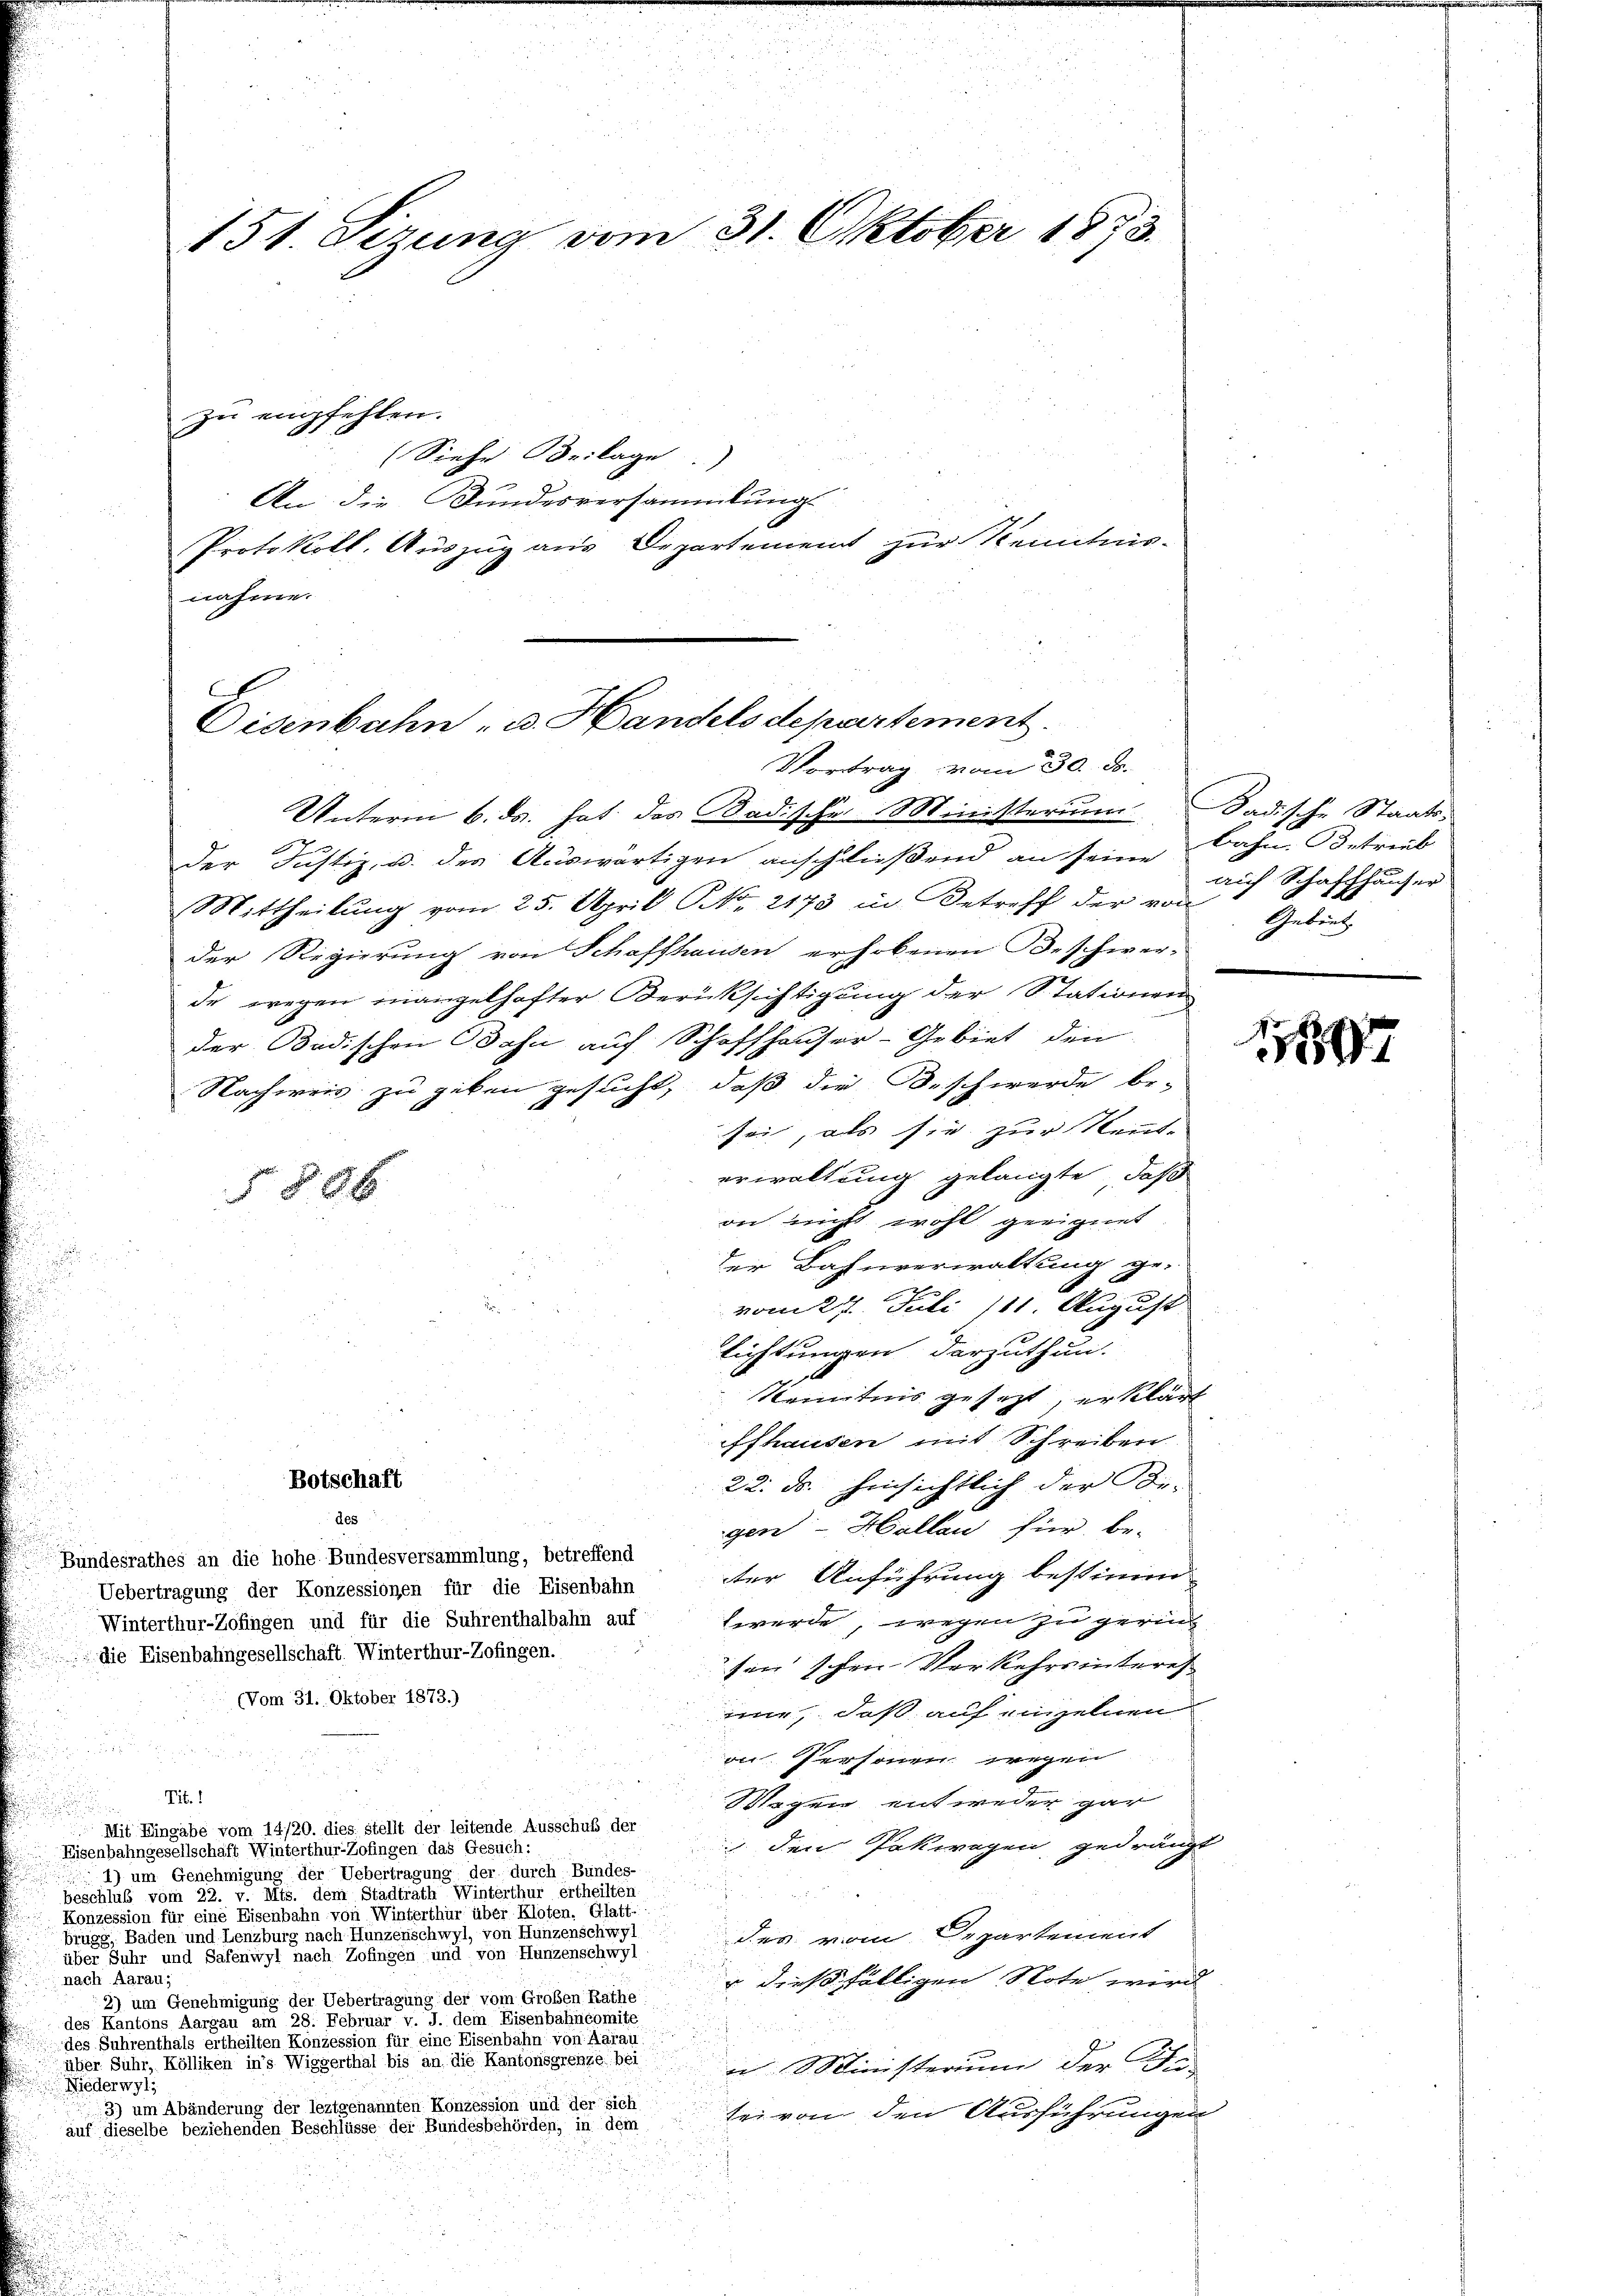
Unterm 6. ds. hat des Badischer Ministerium Badische Staats-
der Justiz, u. der Auswärtigen anschließend an seine Bahn Betrieb
Mittheilŭng vom 25. April NNo. 2173 in Betreff der von
der Regierung von Schaffhausen erhobenen Beschwer-
de wegen mangelhafter Berüksichtigung der Stationen
der Bodischen Jahn auch Schaffhauser-Gebiet den
Nachweis zu geben gesucht, daß die Beschwerde be-
sei, als sie zur Kennt.
erwaltung gelangte, daß
588 x
on nicht wohl geeignet
der Bahnverwaltung ge-
vom 27. Juli 181. August
lichtungen darzuthun.
Kenntnis gesezt, erklärt
ffhausen mit Schreiben
22. ds. hinsichtlich der Be-
des
gen - Hallen für be-
Bundesrathes an die hohe Bundesversammlung, betreffend
ter Anführung bestimm
Uebertragung der Konzessionen für die Eisenbahn
werde, wegen zu gerich
Winterthur-Zofingen und für die Suhrenthalbahn auf
die Eisenbahngesellschaft. Winterthur-Zofingen.
sen schon Verkehrsinteres
(Vom 31. Oktober 1873.)
mie, daß auf einzelnen
on Personen wegen
Tit. 1
Wogen entweder gar
Mit Eingabe vom 14/20. dies stellt der leitende Ausschuß der
den Pakwagen gedrängt
Eisenbahngesellschaft Winterthur-Zofingen das Gesuch:
4) um Genehmigung der Uebertragung der durch Bundes-
u
beschluß vom 22. v. Mts. dem Stadtrath Winterthur ertheilten

e
Konzession für eine Eisenbahn von Winterthur über Kloten. Glatt-
brugg, Baden und Lenzburg nach Hunzenschwyl, von Hunzenschwyl
des vom Departement
ee er seine einer eingen der in eine an der einer
r
nach Aarau,
" dießfälligen Note wird
2) um Genehmigung der Uebertragung der vom Großen Rathe
des Kantons Aargau am 28. Februar v. J. dem Eisenbahncomite
.
des Suhrenthals ertheilten Konzession für eine Eisenbahn von Aarau
über Suhr, die eine eine in einer Wieserthal bis an die Kantonsgrenze. bei
in Ministerium der Di
Niederwyl,
3) um Abänderung der leztgenannten Konzession und der sich
tei von den Ausführungen
auf dieselbe beziehenden Beschlusse der Bundesbehörden, in dem

151. Sizung vom 31. Oktober 1873.

(Siehe Beilage.
An die Bundesversammlung
Protokoll. Auszug aus Departement zur Kenntnis-
nahme.

zu empfehlen.

C
Eisenbahn, u. Handelsdepartement.
Vortrag vom 30. ds.

Botschaft

auf Schaffhauser
Gebiet

89